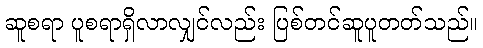
ဆူစရာ ပူစရာရှိလာလျှင်လည်း ပြစ်တင်ဆူပူတတ်သည်။